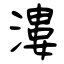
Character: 漊